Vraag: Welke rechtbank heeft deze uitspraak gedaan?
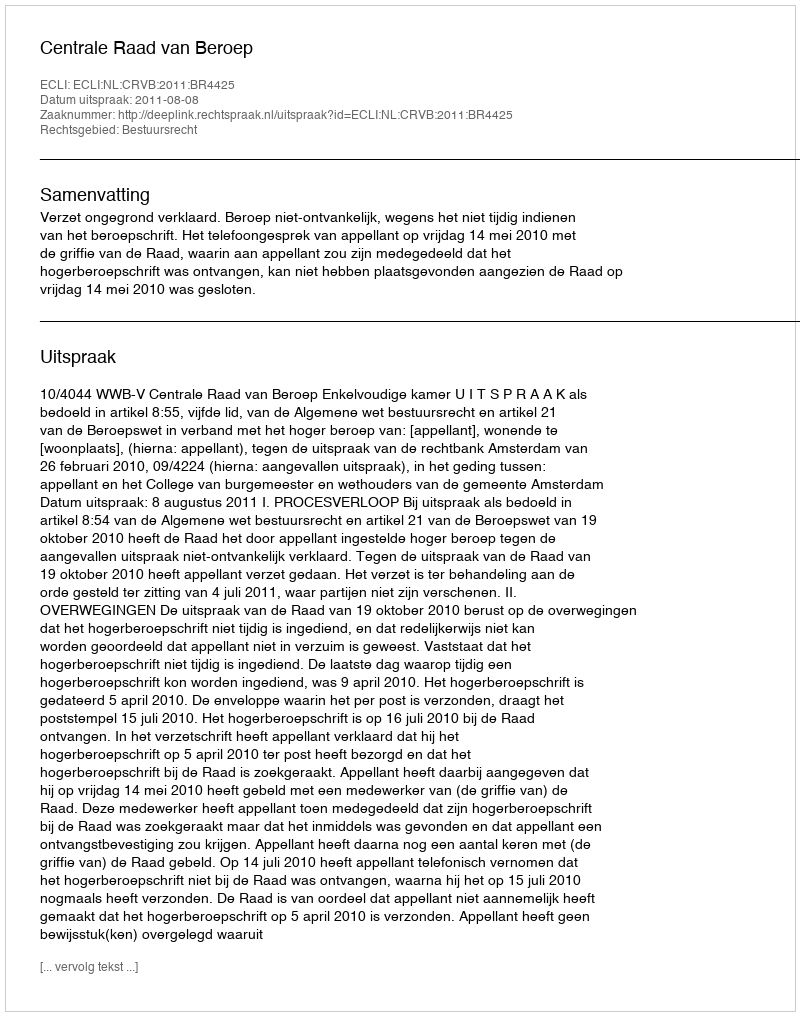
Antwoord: Centrale Raad van Beroep